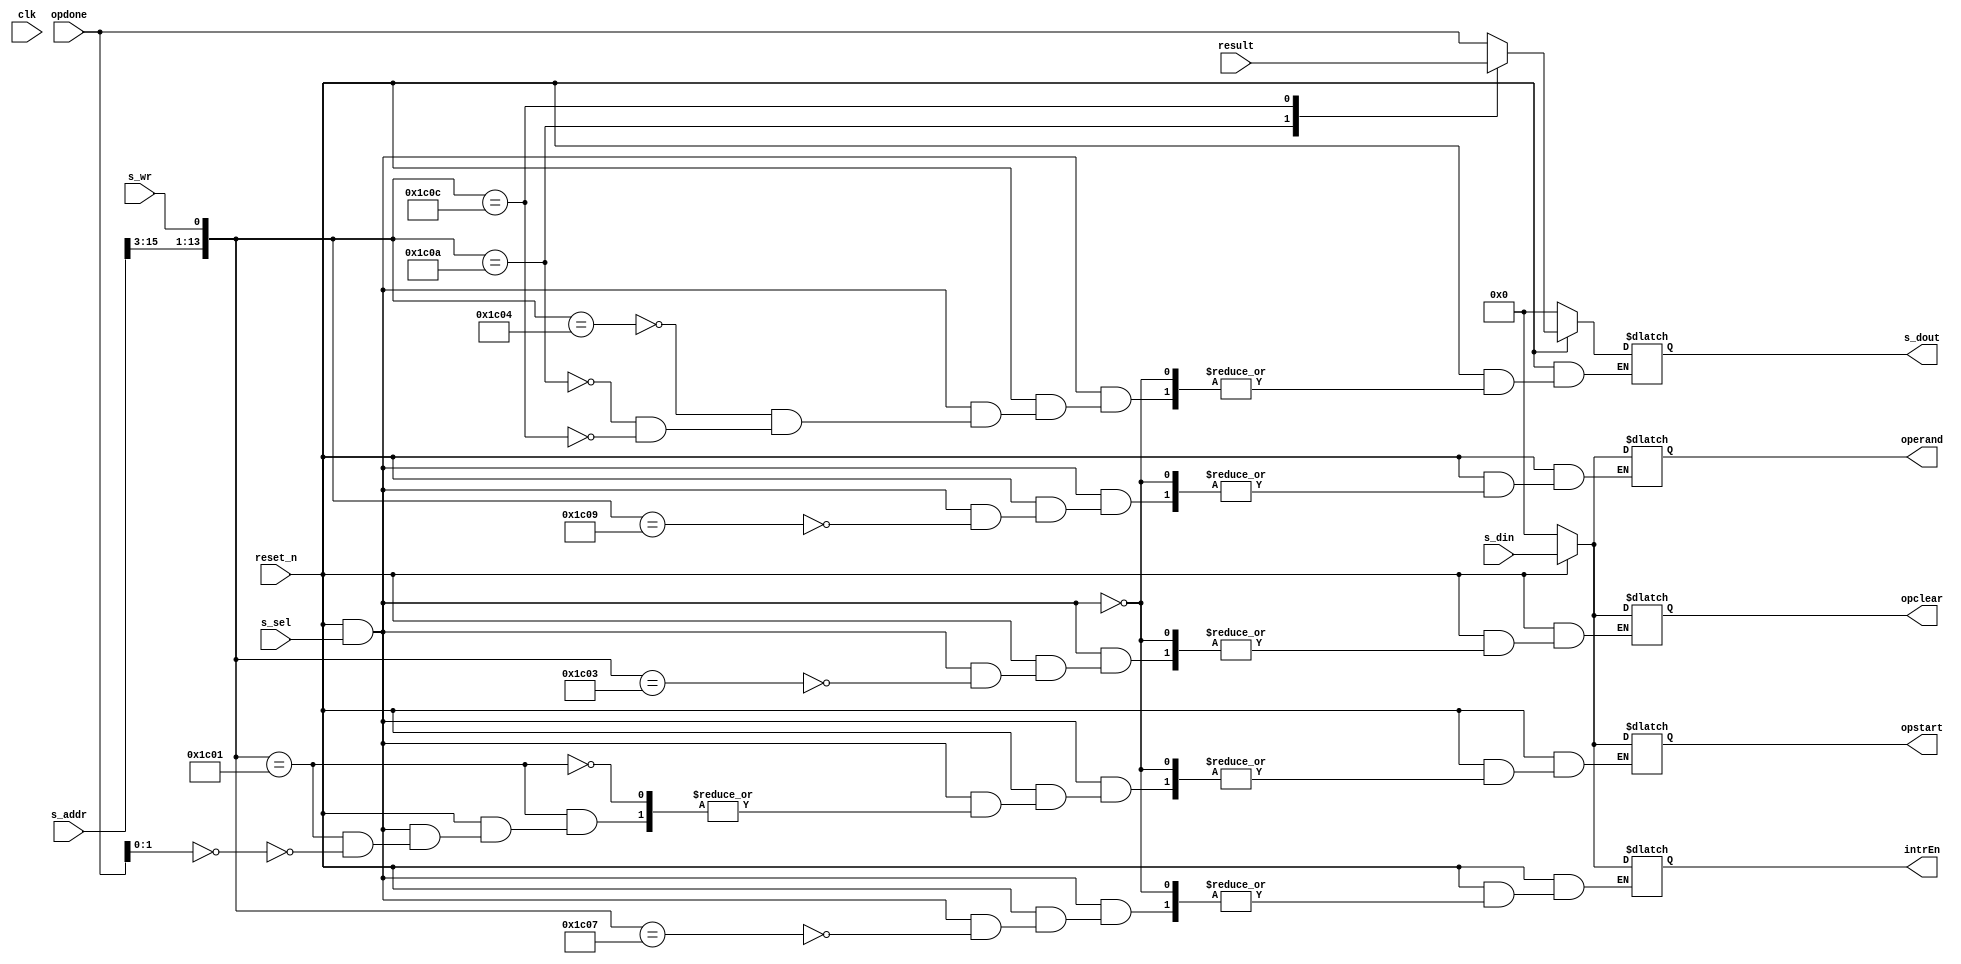
module FactoDecoder(clk, reset_n, s_sel, s_wr, s_addr, s_din, result, opstart, opclear, opdone, intrEn, operand, s_dout);
	input clk, reset_n, s_sel, s_wr;
	input [15:0] s_addr;
	input [63:0] s_din, opdone;		// input register offset
	input [127:0] result;
	
	output reg [63:0] opstart, opclear, intrEn, operand, s_dout;		// output register offset
	
	reg [63:0] result_h, result_l;		// result register
	reg [12:0] upper_bit;		// address most 13-bit of s_addr
	
	always @ (*) begin
		
		upper_bit = s_addr[15:3];		// set upper_bit
		result_h = result[127:64];		// set result_h be most result 64-bit
		result_l = result[63:0];		// set result_l be least result 64-bit
		
		// reset logic
		if (reset_n == 0) begin
		
			opstart = 64'd0;
			opclear = 64'd0;
			intrEn = 64'd0;
			operand = 64'd0;
			result_h = 64'd0;
			result_l = 64'd1;
			s_dout = 64'd0;
			
		end
		// else selected
		else if (reset_n == 1 && s_sel == 1) begin
			
			case ({upper_bit, s_wr})
				
				{13'b0111_0000_0000_0, 1'b1}:		// offset == 0x7000
					if(opdone[1:0] == 2'b00) opstart = s_din;		// if factorial core isn't calculating
				{13'b0111_0000_0000_1, 1'b1}:		// offset == 0x7008
					opclear = s_din;		// set opclear
				{13'b0111_0000_0001_0, 1'b0}:		// offset == 0x7010
					s_dout = opdone;		// set s_dout by opdone
				{13'b0111_0000_0001_1, 1'b1}:		// offset == 0x7018
					intrEn = s_din;		// set intrEn
				{13'b0111_0000_0010_0, 1'b1}:		// offset == 0x7020
					operand = s_din;		// set operand
				{13'b0111_0000_0010_1, 1'b0}:		// offset == 0x7028
					s_dout = result_h;		// set s_dout by result_h
				{13'b0111_0000_0011_0, 1'b0}:		// offset == 0x7030
					s_dout = result_l;		// set s_dout by result_l
					
			endcase
				
		end
		
	end
	
endmodule